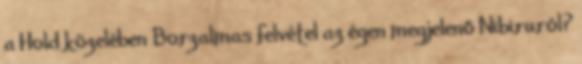
a Hold közelében Borzalmas felvétel az égen megjelenő Nibiruról?